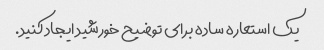
یک استعاره ساده برای توضیح خورشید ایجاد کنید.